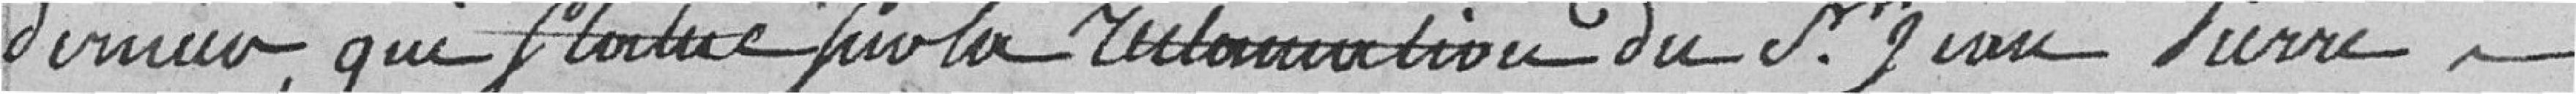
dernier, qui statue sur la réclamation du sieur Jean Pierre